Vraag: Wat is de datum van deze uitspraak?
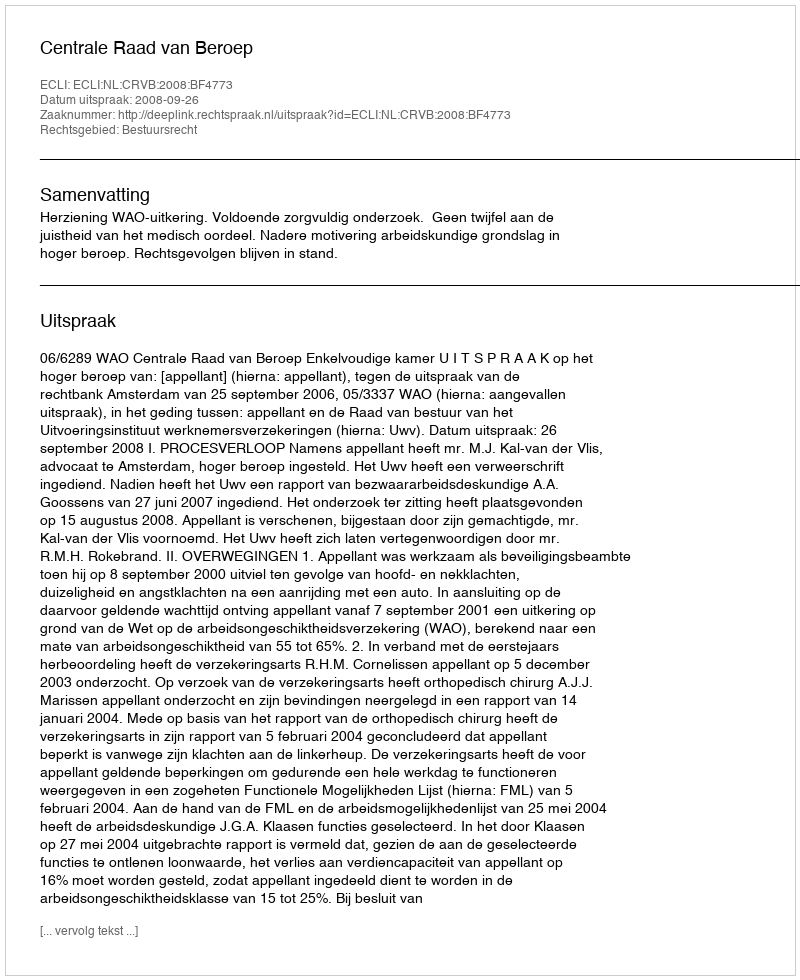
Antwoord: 2008-09-26